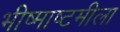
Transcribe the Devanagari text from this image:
भीष्माष्टमीला